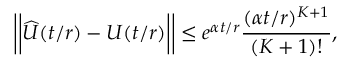
\bigg \vert \bigg \vert \widehat { U } ( t / r ) - U ( t / r ) \bigg \vert \bigg \vert \le e ^ { \alpha t / r } \frac { ( \alpha t / r ) ^ { K + 1 } } { ( K + 1 ) ! } ,